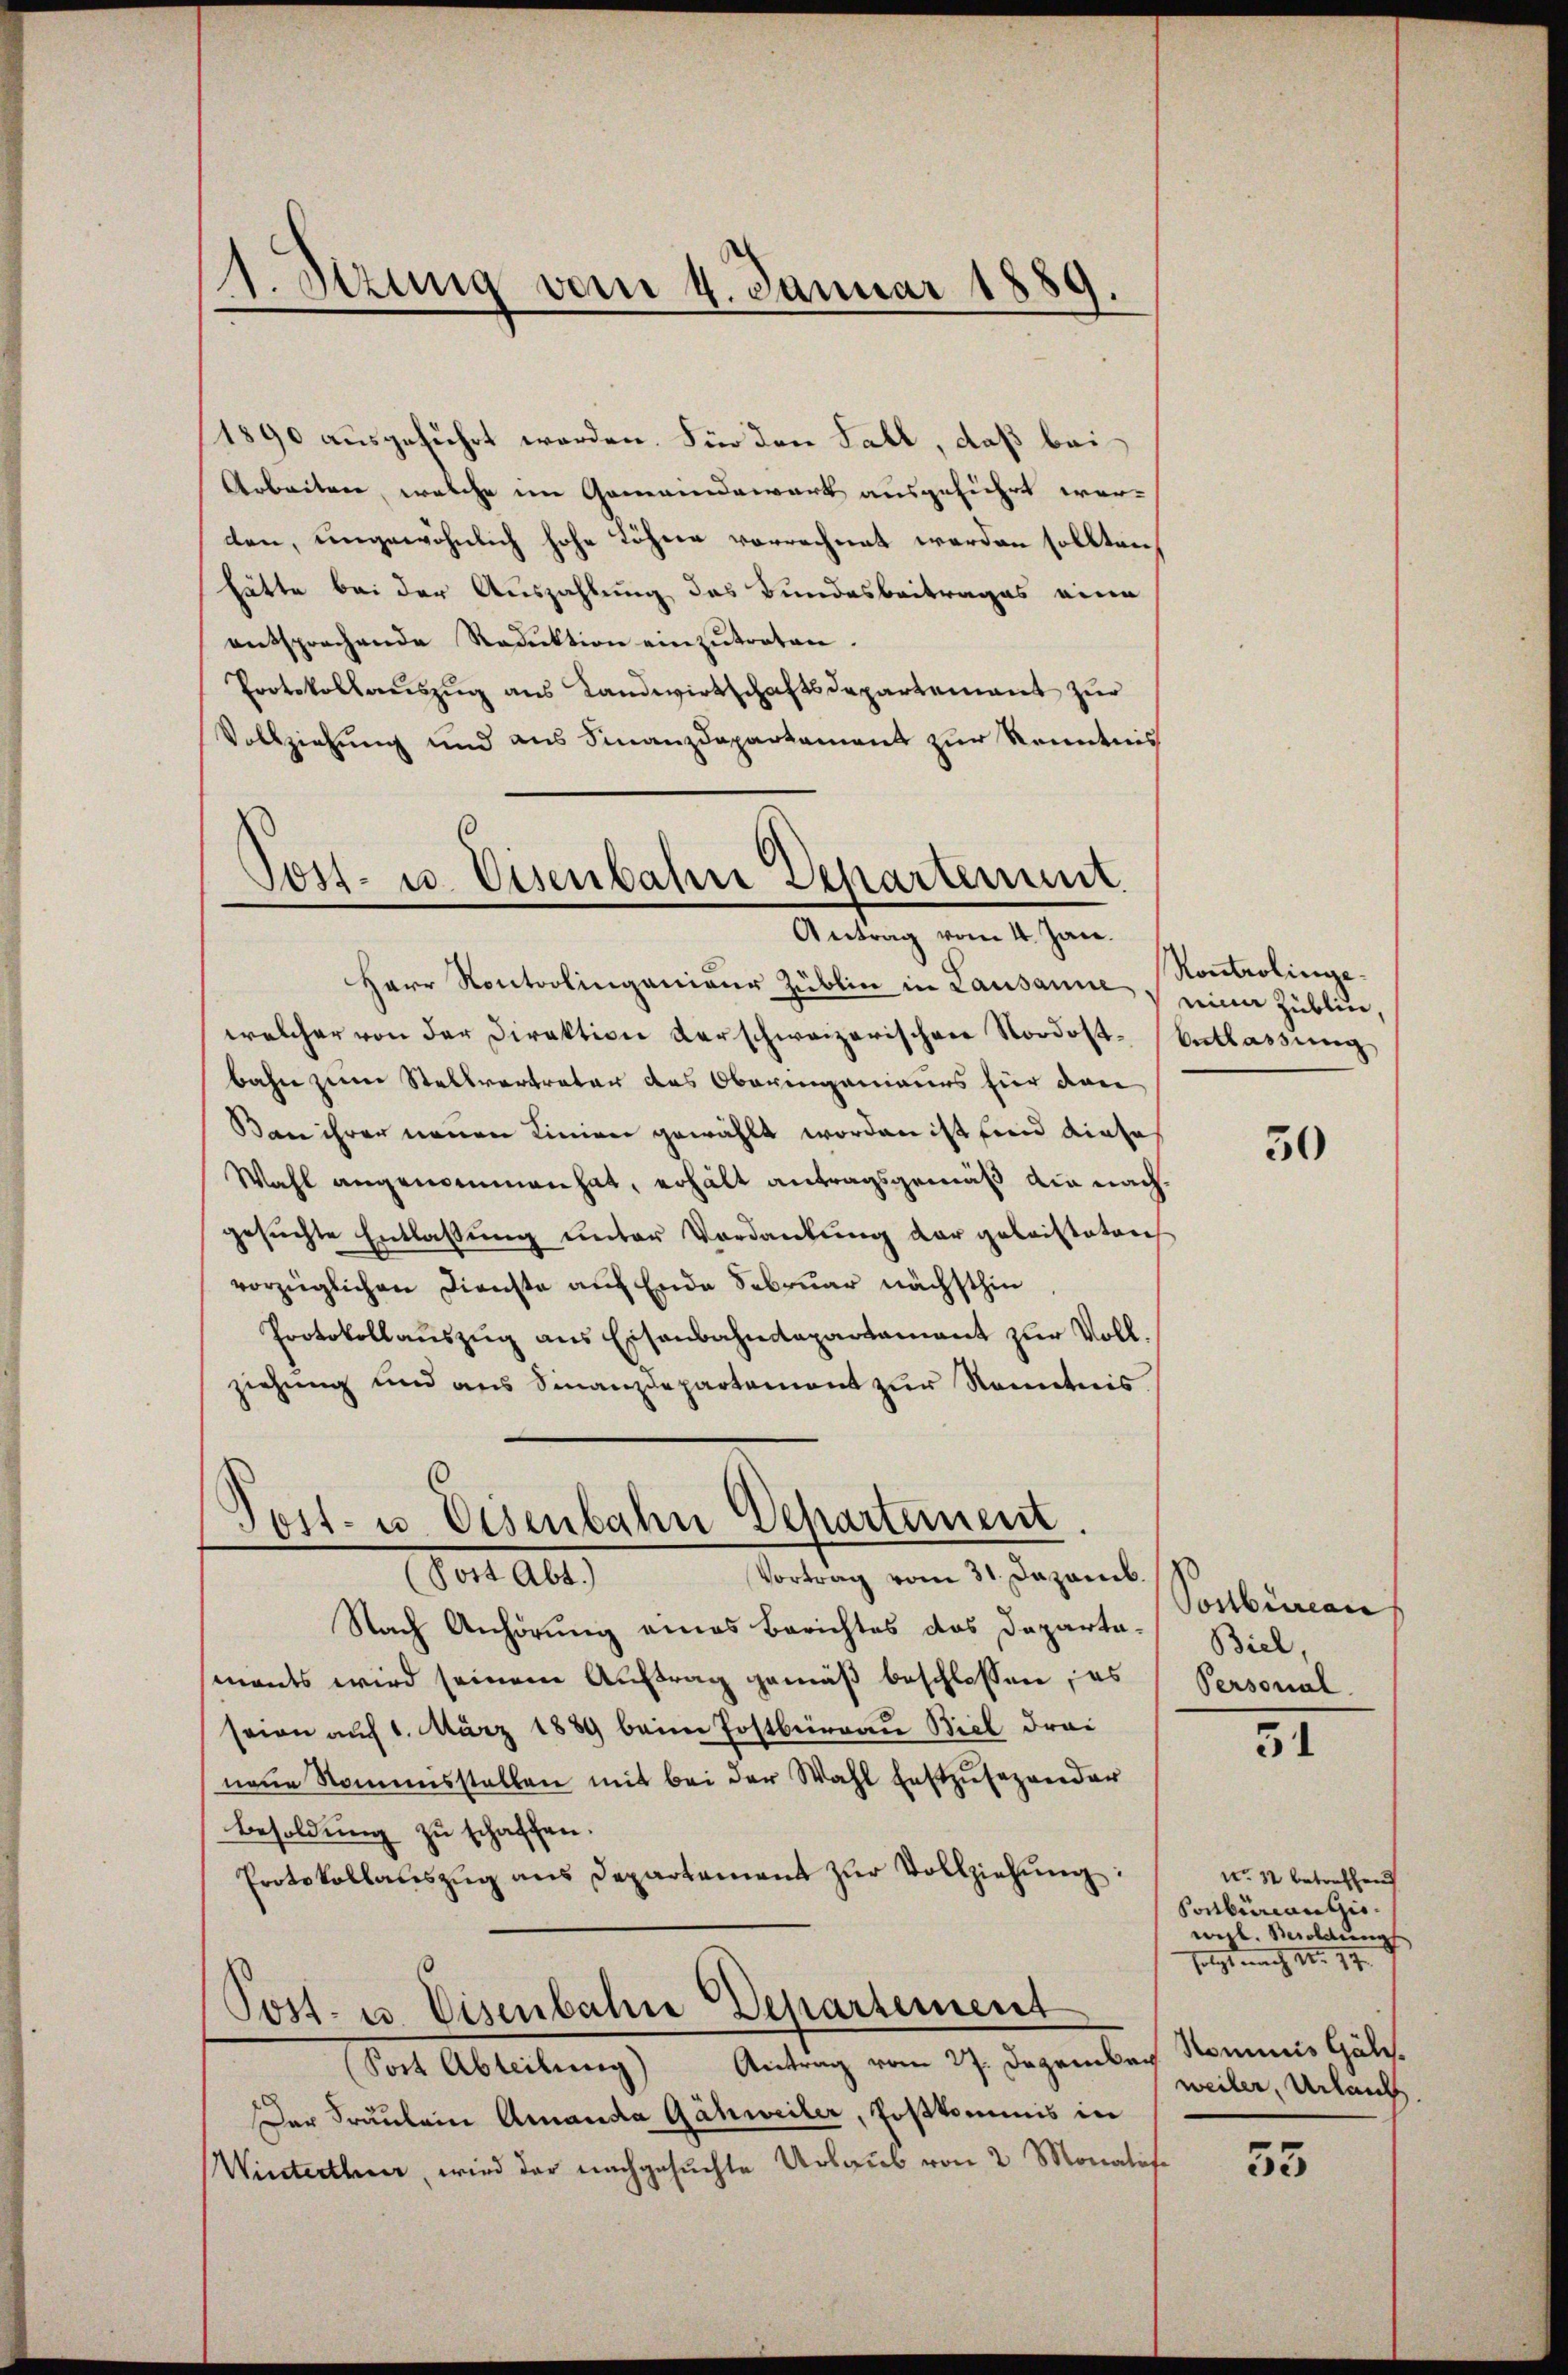
1.Stzung vom 4. Januar 1889.

1890 ausgeführt werden. Für den Fall, daß bei
Arbeiten, welche im Gemeindewart ausgeführt werden, ungewöhnlich hohe Löhne vorrechnet werden sollten,
hätte bei der Auszahlung des Bundesbeitrages eine
entsprechende Reduktion einzutreten.
Protokollaŭszŭg ans Landwirtschaftsdepartement zur
Vollziehung und aus Finanzdepartement zur Kenntnis

Sost- u. Eisenbahre Departement
Antrag vom 4. Jan.

Herr Kontrolingenieur Zublin in Lausanne
welcher von der Direktion derschweizerischen Nordost-Entlassung
bahn zum Stellvertreter des Oberingenieurs für dan
Ban ihrer neuen Linien gewählt worden ist find dieses
Wahl angenommen hat, erhält antragsgemäß die nachgesuchte Entlaßung unter Vordankung der geleisteten
vorzüglichen Dienste auf Ende Februar nächsthin
Protokollauszug aus Eisenbahndepartamant zur Vollziehung und aus Finanzdepartement zur Kenntnis.

Post- u. Osenbahn Departement.
Vor al
Vortrag vom 31. Dezemb.

Nach Anhörung eines Berichtes das Departa-Biel,
mants wird seinem Auftrag gemäß beschlossen, es
seien auf 1. März 1889 beim Postbeirrau Biel Frai
neue Nommisstellen mit bei der Wahl festzŭsezender
Besoldung zu schaffen.
Protokollaŭszŭg ans Departement zŭr Vollziehŭng:
Post- u. Eisenbahre Departement
(Post Abteilung) Antrag vom 27. Dezember
Der Fräulein Amanda Gähweiler, Postkommnis in
Winterthur, wird der nachgesuchte Urlaub von 2 Monatis

Kontrolinge.
einer Zublin,

30

Sosbureau
Personal

51

No 12 betreffend
Ponbureausis.
vigl. Besoldung
folgt nach No. 17.
Nominis Gäle.
weiler, Unlauch.

55